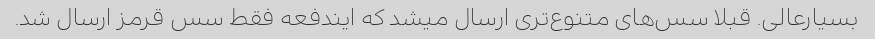
بسیارعالی. قبلا سس‌های متنوع‌تری ارسال میشد که ایندفعه فقط سس قرمز ارسال شد.